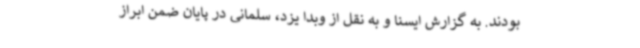
بودند. به گزارش ایسنا و به نقل از وبدا یزد، سلمانی در پایان ضمن ابراز